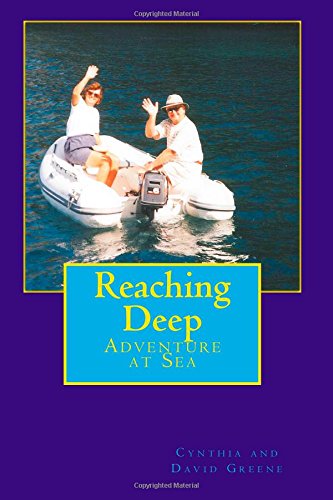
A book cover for Reaching Deep: Adventures at Sea; Cynthia and David Greene; Travel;